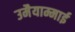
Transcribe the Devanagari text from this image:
उमैयाम्माई